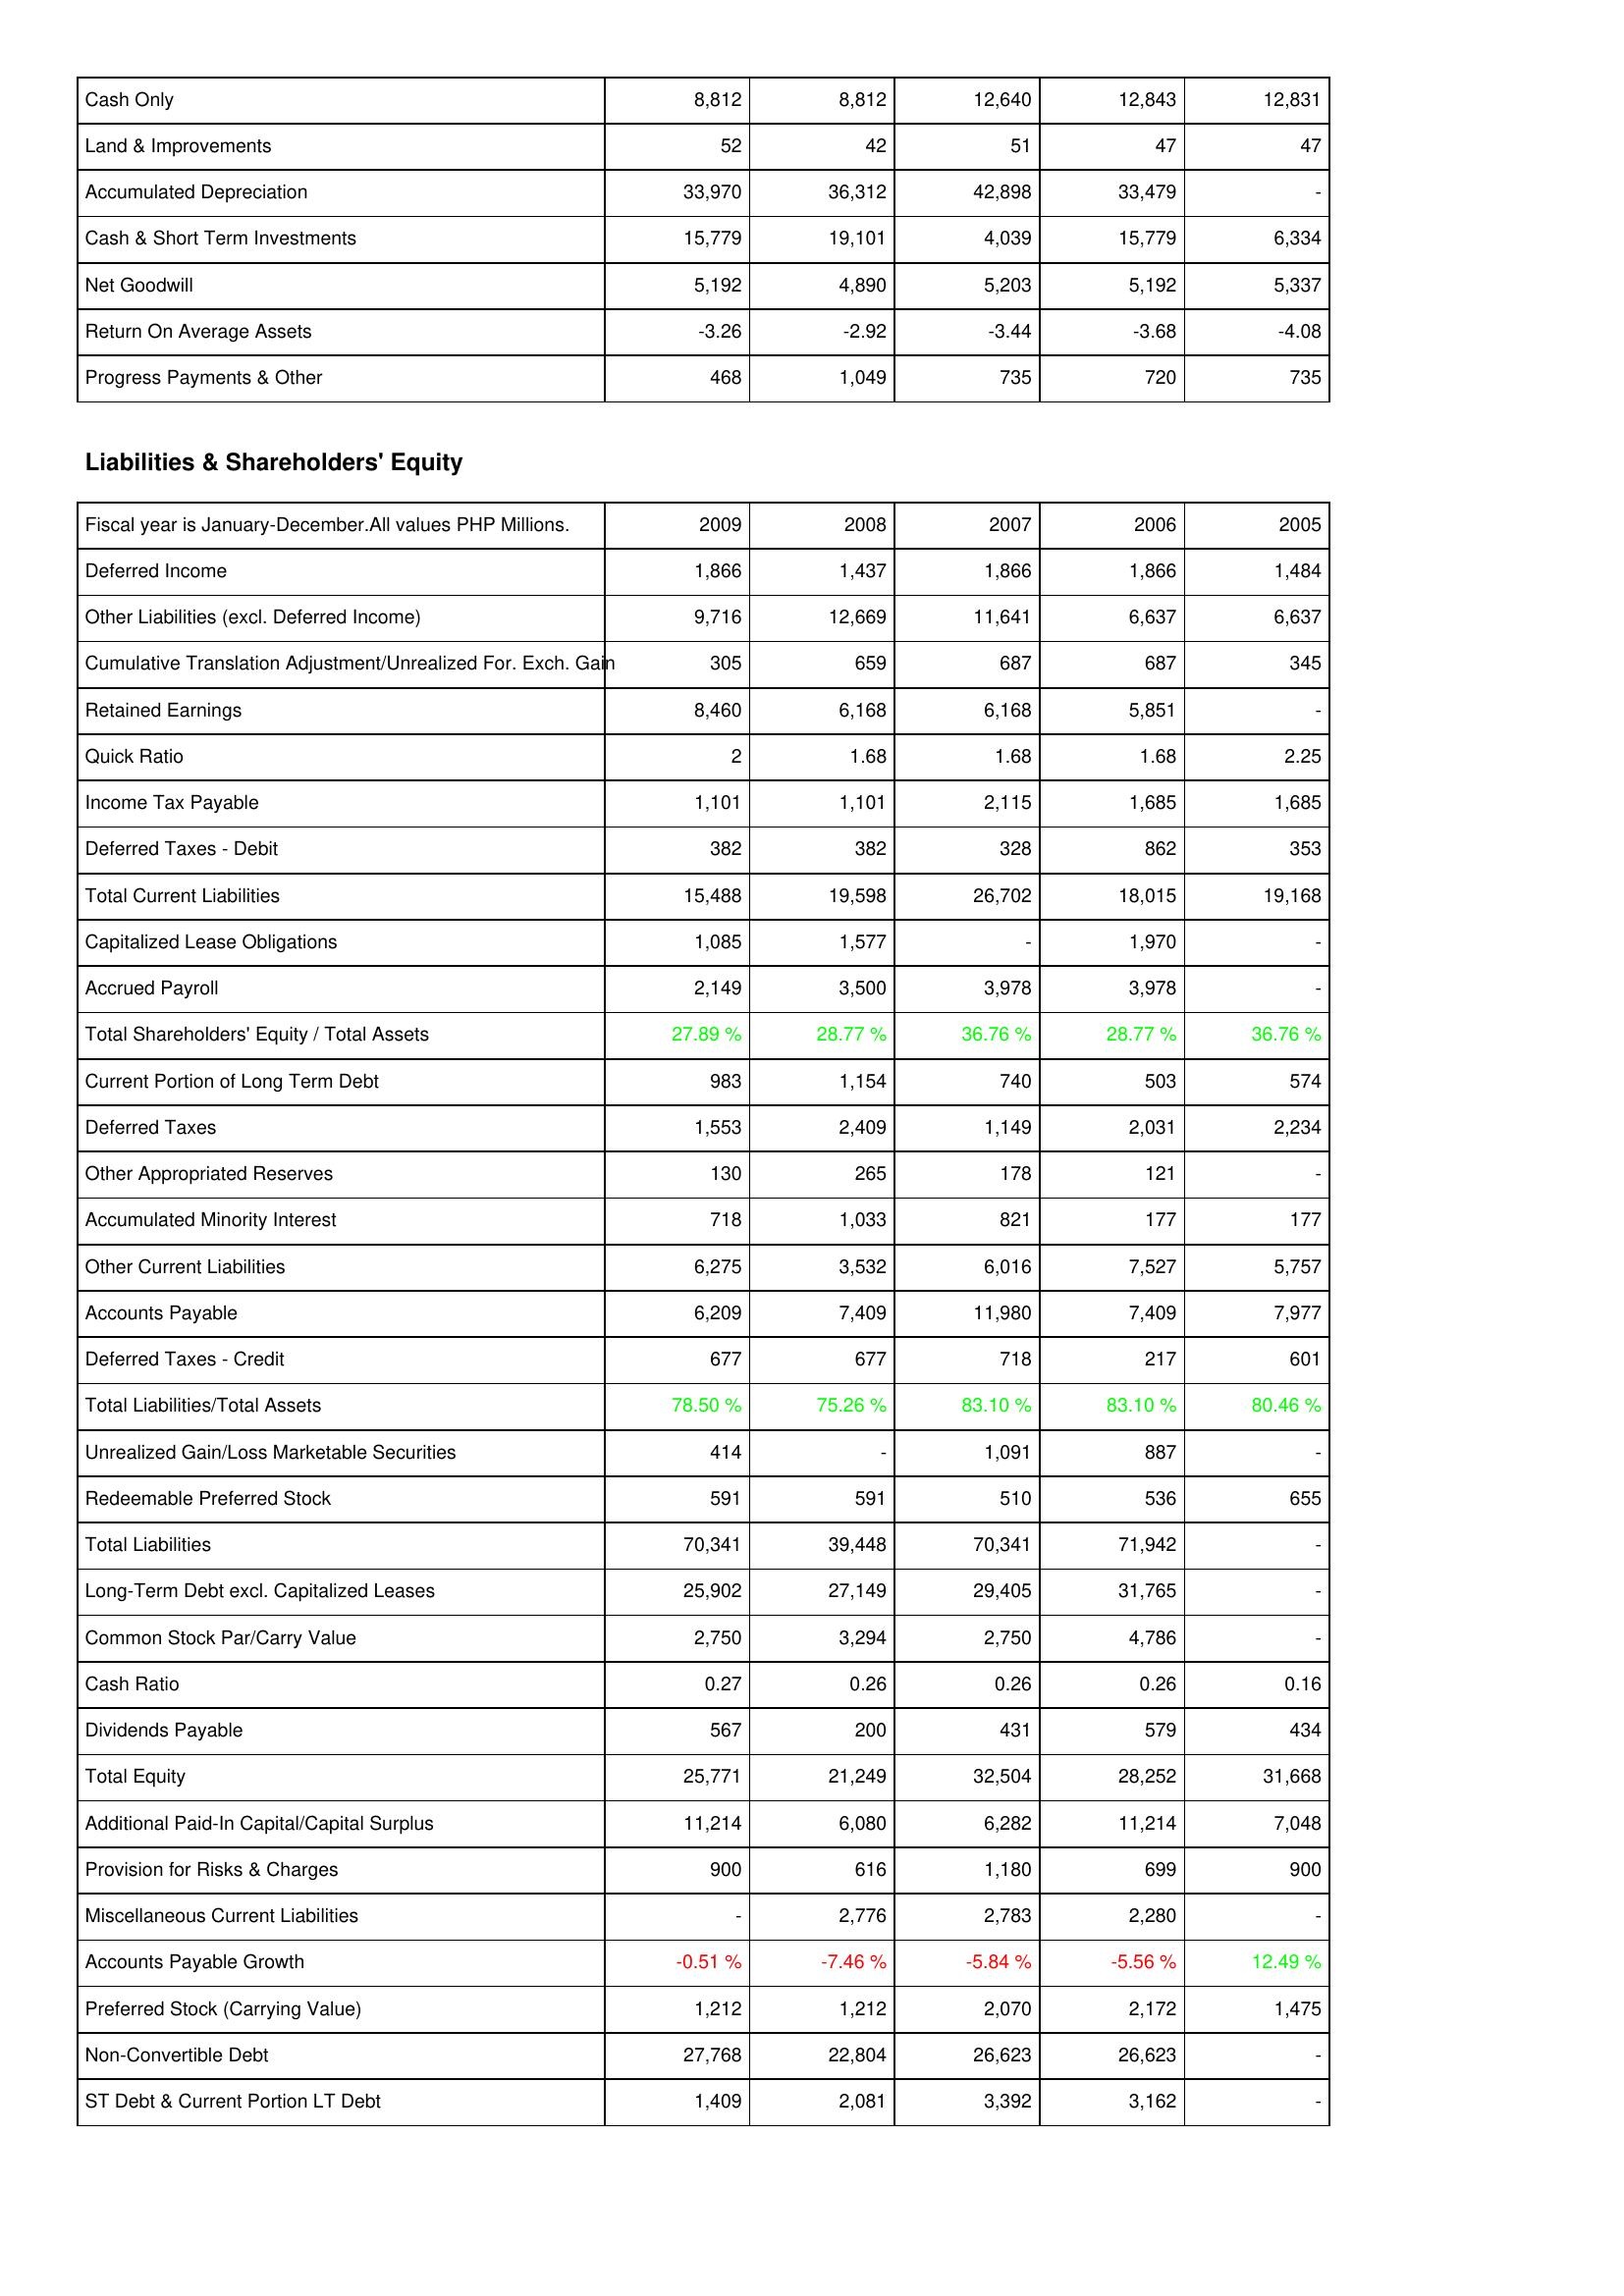
2009: Assets: Cash Only: 8,812
Land & Improvements: 52
Accumulated Depreciation: 33,970
Cash & Short Term Investments: 15,779
Net Goodwill: 5,192
Return On Average Assets: -3.26
Progress Payments & Other: 468
Liabilities & Shareholders' Equity: Deferred Income: 1,866
Other Liabilities (excl. Deferred Income): 9,716
Cumulative Translation Adjustment/Unrealized For. Exch. Gain: 305
Retained Earnings: 8,460
Quick Ratio: 2
Income Tax Payable: 1,101
Deferred Taxes - Debit: 382
Total Current Liabilities: 15,488
Capitalized Lease Obligations: 1,085
Accrued Payroll: 2,149
Total Shareholders' Equity / Total Assets: 27.89 %
Current Portion of Long Term Debt: 983
Deferred Taxes: 1,553
Other Appropriated Reserves: 130
Accumulated Minority Interest: 718
Other Current Liabilities: 6,275
Accounts Payable: 6,209
Deferred Taxes - Credit: 677
Total Liabilities/Total Assets: 78.50 %
Unrealized Gain/Loss Marketable Securities: 414
Redeemable Preferred Stock: 591
Total Liabilities: 70,341
Long-Term Debt excl. Capitalized Leases: 25,902
Common Stock Par/Carry Value: 2,750
Cash Ratio: 0.27
Dividends Payable: 567
Total Equity: 25,771
Additional Paid-In Capital/Capital Surplus: 11,214
Provision for Risks & Charges: 900
Miscellaneous Current Liabilities: -
Accounts Payable Growth: -0.51 %
Preferred Stock (Carrying Value): 1,212
Non-Convertible Debt: 27,768
ST Debt & Current Portion LT Debt: 1,409
2008: Assets: Cash Only: 8,812
Land & Improvements: 42
Accumulated Depreciation: 36,312
Cash & Short Term Investments: 19,101
Net Goodwill: 4,890
Return On Average Assets: -2.92
Progress Payments & Other: 1,049
Liabilities & Shareholders' Equity: Deferred Income: 1,437
Other Liabilities (excl. Deferred Income): 12,669
Cumulative Translation Adjustment/Unrealized For. Exch. Gain: 659
Retained Earnings: 6,168
Quick Ratio: 1.68
Income Tax Payable: 1,101
Deferred Taxes - Debit: 382
Total Current Liabilities: 19,598
Capitalized Lease Obligations: 1,577
Accrued Payroll: 3,500
Total Shareholders' Equity / Total Assets: 28.77 %
Current Portion of Long Term Debt: 1,154
Deferred Taxes: 2,409
Other Appropriated Reserves: 265
Accumulated Minority Interest: 1,033
Other Current Liabilities: 3,532
Accounts Payable: 7,409
Deferred Taxes - Credit: 677
Total Liabilities/Total Assets: 75.26 %
Unrealized Gain/Loss Marketable Securities: -
Redeemable Preferred Stock: 591
Total Liabilities: 39,448
Long-Term Debt excl. Capitalized Leases: 27,149
Common Stock Par/Carry Value: 3,294
Cash Ratio: 0.26
Dividends Payable: 200
Total Equity: 21,249
Additional Paid-In Capital/Capital Surplus: 6,080
Provision for Risks & Charges: 616
Miscellaneous Current Liabilities: 2,776
Accounts Payable Growth: -7.46 %
Preferred Stock (Carrying Value): 1,212
Non-Convertible Debt: 22,804
ST Debt & Current Portion LT Debt: 2,081
2007: Assets: Cash Only: 12,640
Land & Improvements: 51
Accumulated Depreciation: 42,898
Cash & Short Term Investments: 4,039
Net Goodwill: 5,203
Return On Average Assets: -3.44
Progress Payments & Other: 735
Liabilities & Shareholders' Equity: Deferred Income: 1,866
Other Liabilities (excl. Deferred Income): 11,641
Cumulative Translation Adjustment/Unrealized For. Exch. Gain: 687
Retained Earnings: 6,168
Quick Ratio: 1.68
Income Tax Payable: 2,115
Deferred Taxes - Debit: 328
Total Current Liabilities: 26,702
Capitalized Lease Obligations: -
Accrued Payroll: 3,978
Total Shareholders' Equity / Total Assets: 36.76 %
Current Portion of Long Term Debt: 740
Deferred Taxes: 1,149
Other Appropriated Reserves: 178
Accumulated Minority Interest: 821
Other Current Liabilities: 6,016
Accounts Payable: 11,980
Deferred Taxes - Credit: 718
Total Liabilities/Total Assets: 83.10 %
Unrealized Gain/Loss Marketable Securities: 1,091
Redeemable Preferred Stock: 510
Total Liabilities: 70,341
Long-Term Debt excl. Capitalized Leases: 29,405
Common Stock Par/Carry Value: 2,750
Cash Ratio: 0.26
Dividends Payable: 431
Total Equity: 32,504
Additional Paid-In Capital/Capital Surplus: 6,282
Provision for Risks & Charges: 1,180
Miscellaneous Current Liabilities: 2,783
Accounts Payable Growth: -5.84 %
Preferred Stock (Carrying Value): 2,070
Non-Convertible Debt: 26,623
ST Debt & Current Portion LT Debt: 3,392
2006: Assets: Cash Only: 12,843
Land & Improvements: 47
Accumulated Depreciation: 33,479
Cash & Short Term Investments: 15,779
Net Goodwill: 5,192
Return On Average Assets: -3.68
Progress Payments & Other: 720
Liabilities & Shareholders' Equity: Deferred Income: 1,866
Other Liabilities (excl. Deferred Income): 6,637
Cumulative Translation Adjustment/Unrealized For. Exch. Gain: 687
Retained Earnings: 5,851
Quick Ratio: 1.68
Income Tax Payable: 1,685
Deferred Taxes - Debit: 862
Total Current Liabilities: 18,015
Capitalized Lease Obligations: 1,970
Accrued Payroll: 3,978
Total Shareholders' Equity / Total Assets: 28.77 %
Current Portion of Long Term Debt: 503
Deferred Taxes: 2,031
Other Appropriated Reserves: 121
Accumulated Minority Interest: 177
Other Current Liabilities: 7,527
Accounts Payable: 7,409
Deferred Taxes - Credit: 217
Total Liabilities/Total Assets: 83.10 %
Unrealized Gain/Loss Marketable Securities: 887
Redeemable Preferred Stock: 536
Total Liabilities: 71,942
Long-Term Debt excl. Capitalized Leases: 31,765
Common Stock Par/Carry Value: 4,786
Cash Ratio: 0.26
Dividends Payable: 579
Total Equity: 28,252
Additional Paid-In Capital/Capital Surplus: 11,214
Provision for Risks & Charges: 699
Miscellaneous Current Liabilities: 2,280
Accounts Payable Growth: -5.56 %
Preferred Stock (Carrying Value): 2,172
Non-Convertible Debt: 26,623
ST Debt & Current Portion LT Debt: 3,162
2005: Assets: Cash Only: 12,831
Land & Improvements: 47
Accumulated Depreciation: -
Cash & Short Term Investments: 6,334
Net Goodwill: 5,337
Return On Average Assets: -4.08
Progress Payments & Other: 735
Liabilities & Shareholders' Equity: Deferred Income: 1,484
Other Liabilities (excl. Deferred Income): 6,637
Cumulative Translation Adjustment/Unrealized For. Exch. Gain: 345
Retained Earnings: -
Quick Ratio: 2.25
Income Tax Payable: 1,685
Deferred Taxes - Debit: 353
Total Current Liabilities: 19,168
Capitalized Lease Obligations: -
Accrued Payroll: -
Total Shareholders' Equity / Total Assets: 36.76 %
Current Portion of Long Term Debt: 574
Deferred Taxes: 2,234
Other Appropriated Reserves: -
Accumulated Minority Interest: 177
Other Current Liabilities: 5,757
Accounts Payable: 7,977
Deferred Taxes - Credit: 601
Total Liabilities/Total Assets: 80.46 %
Unrealized Gain/Loss Marketable Securities: -
Redeemable Preferred Stock: 655
Total Liabilities: -
Long-Term Debt excl. Capitalized Leases: -
Common Stock Par/Carry Value: -
Cash Ratio: 0.16
Dividends Payable: 434
Total Equity: 31,668
Additional Paid-In Capital/Capital Surplus: 7,048
Provision for Risks & Charges: 900
Miscellaneous Current Liabilities: -
Accounts Payable Growth: 12.49 %
Preferred Stock (Carrying Value): 1,475
Non-Convertible Debt: -
ST Debt & Current Portion LT Debt: -